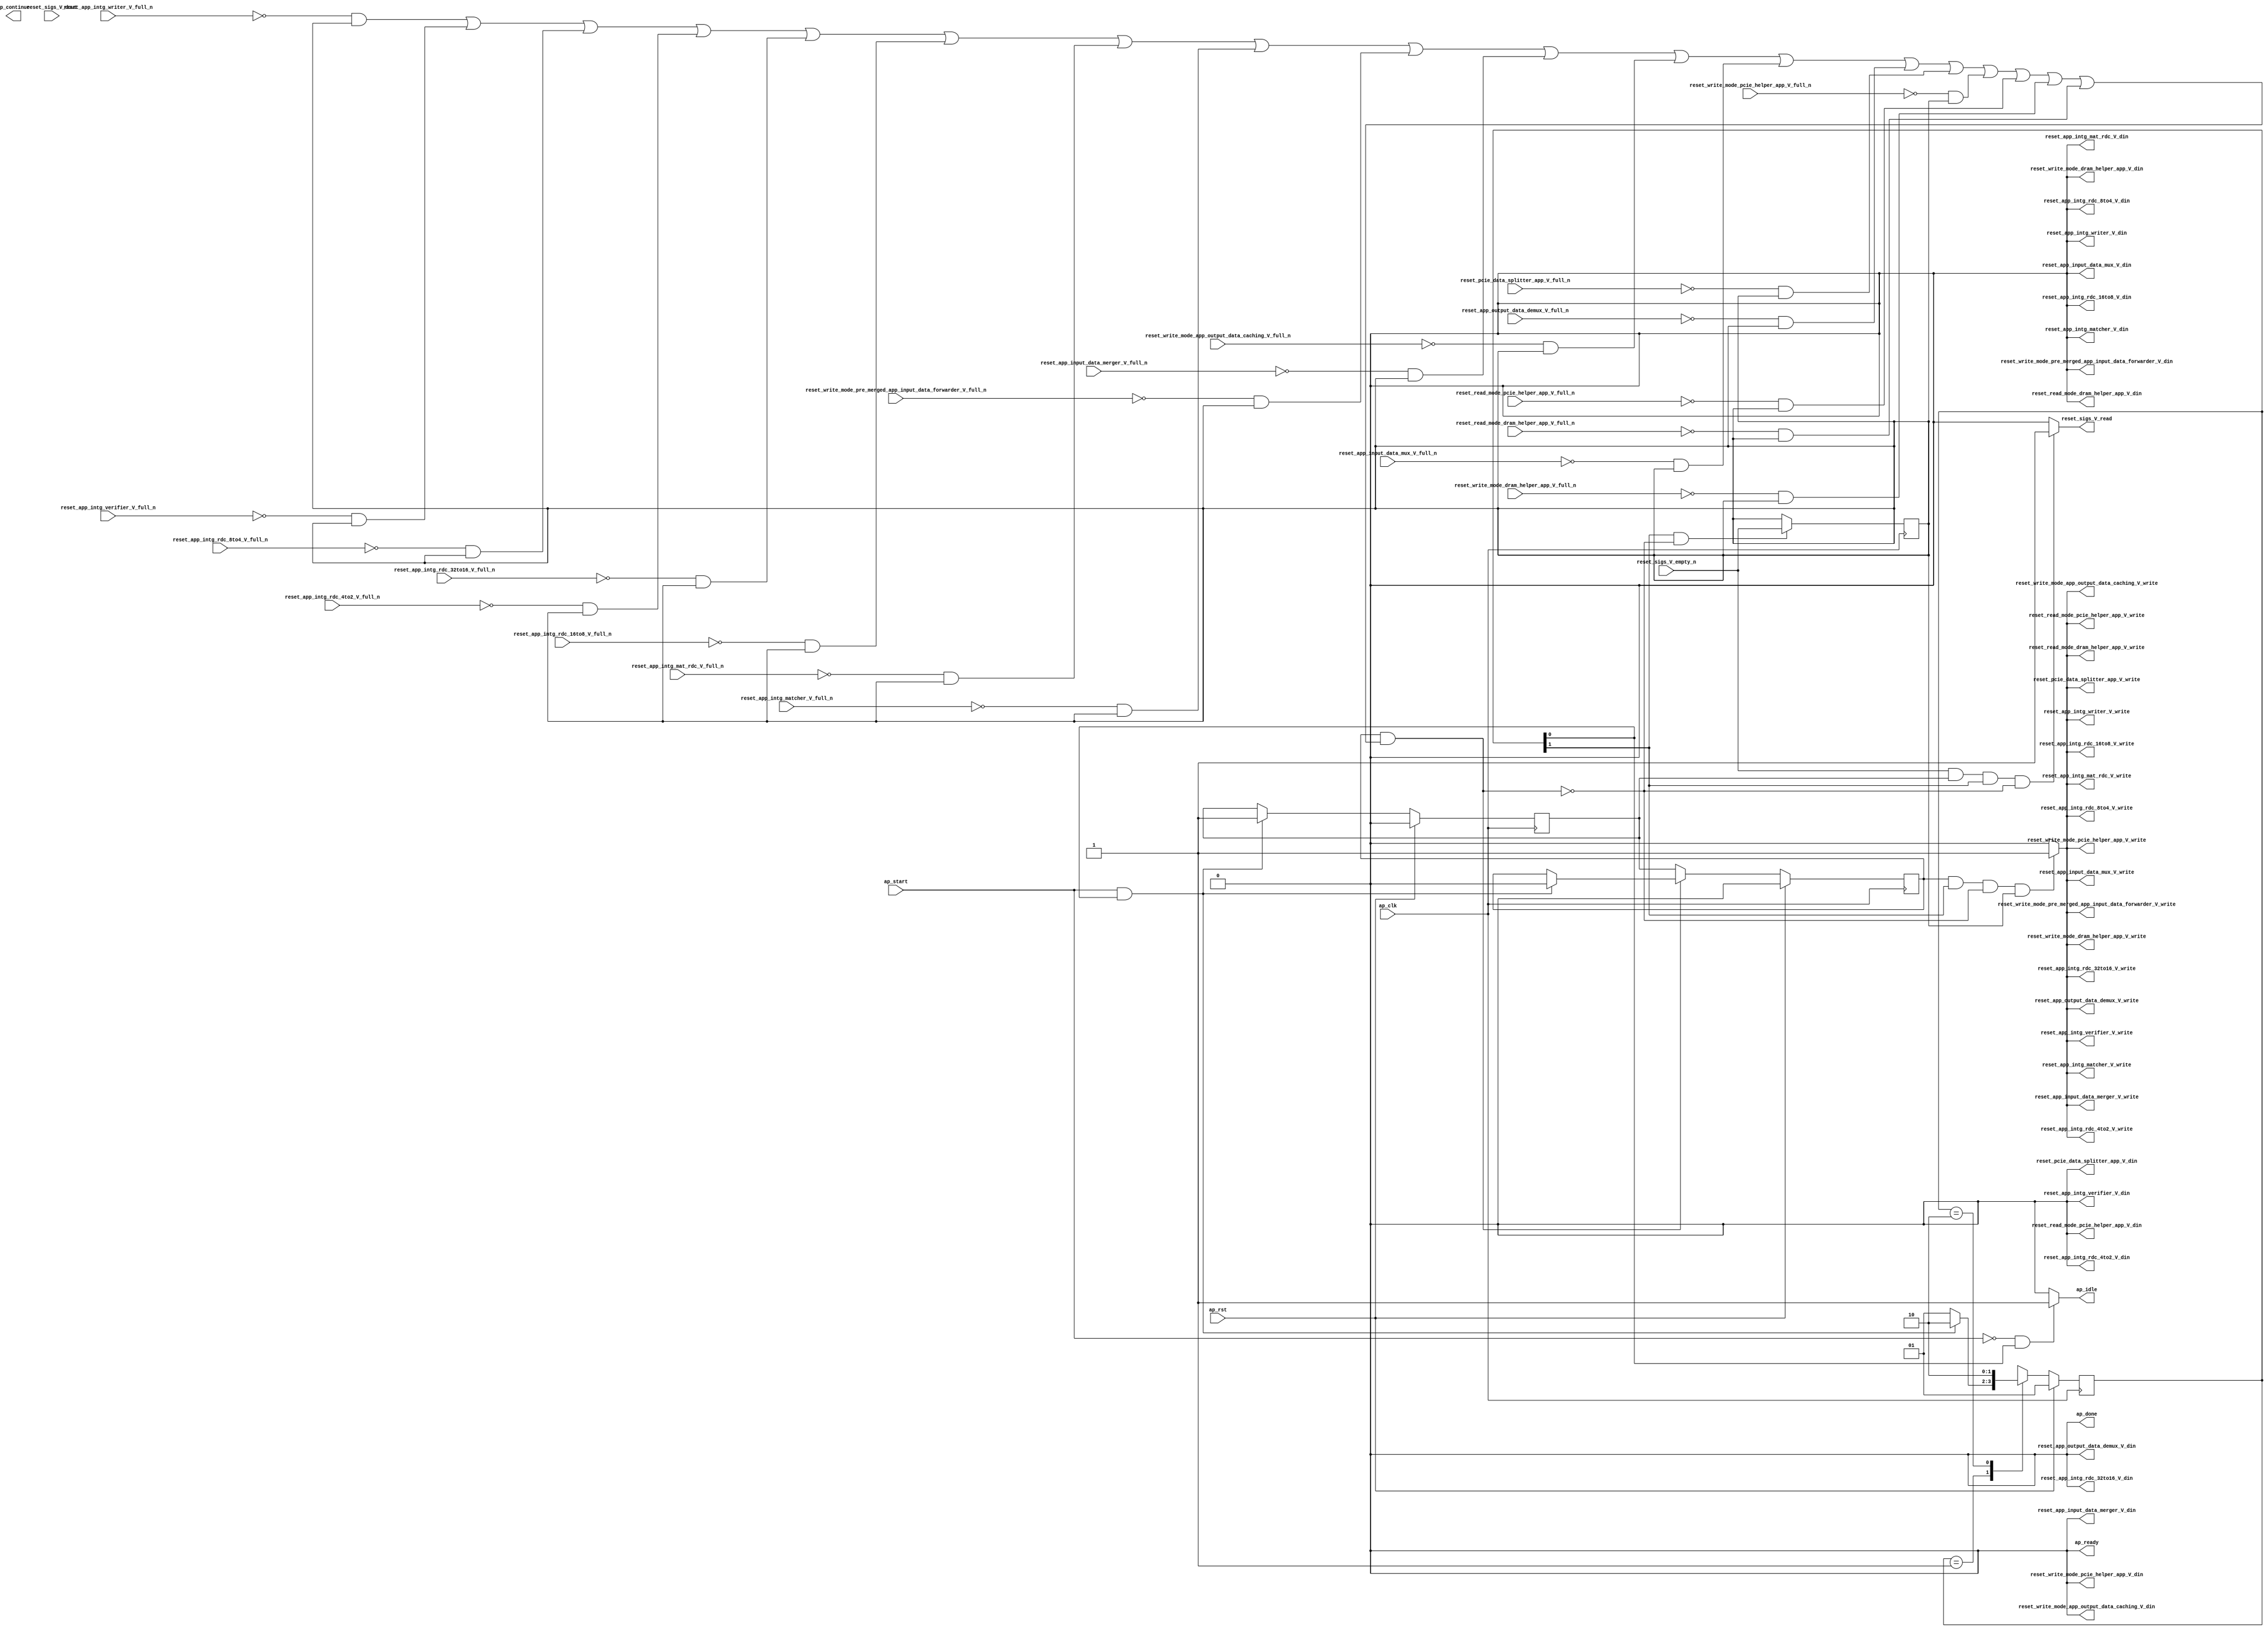
// This program was cloned from: https://github.com/zainryan/INSIDER-System
// License: MIT License

// ==============================================================
// RTL generated by Vivado(TM) HLS - High-Level Synthesis from C, C++ and SystemC
// Version: 2017.4.op
// Copyright (C) 1986-2018 Xilinx, Inc. All Rights Reserved.
// 
// ===========================================================

`timescale 1 ns / 1 ps 

(* CORE_GENERATION_INFO="reset_propaganda,hls_ip_2017_4_op,{HLS_INPUT_TYPE=cxx,HLS_INPUT_FLOAT=0,HLS_INPUT_FIXED=0,HLS_INPUT_PART=xcvu9p-flgb2104-2-i,HLS_INPUT_CLOCK=4.000000,HLS_INPUT_ARCH=others,HLS_SYN_CLOCK=1.458000,HLS_SYN_LAT=-1,HLS_SYN_TPT=none,HLS_SYN_MEM=0,HLS_SYN_DSP=0,HLS_SYN_FF=5,HLS_SYN_LUT=213}" *)

module reset_propaganda (
        ap_clk,
        ap_rst,
        ap_start,
        ap_done,
ap_continue,
        ap_idle,
        ap_ready,
        reset_app_intg_matcher_V_din,
        reset_app_intg_matcher_V_full_n,
        reset_app_intg_matcher_V_write,
        reset_app_intg_mat_rdc_V_din,
        reset_app_intg_mat_rdc_V_full_n,
        reset_app_intg_mat_rdc_V_write,
        reset_app_intg_rdc_16to8_V_din,
        reset_app_intg_rdc_16to8_V_full_n,
        reset_app_intg_rdc_16to8_V_write,
        reset_app_intg_rdc_32to16_V_din,
        reset_app_intg_rdc_32to16_V_full_n,
        reset_app_intg_rdc_32to16_V_write,
        reset_app_intg_rdc_4to2_V_din,
        reset_app_intg_rdc_4to2_V_full_n,
        reset_app_intg_rdc_4to2_V_write,
        reset_app_intg_rdc_8to4_V_din,
        reset_app_intg_rdc_8to4_V_full_n,
        reset_app_intg_rdc_8to4_V_write,
        reset_app_intg_verifier_V_din,
        reset_app_intg_verifier_V_full_n,
        reset_app_intg_verifier_V_write,
        reset_app_intg_writer_V_din,
        reset_app_intg_writer_V_full_n,
        reset_app_intg_writer_V_write,
        reset_sigs_V_dout,
        reset_sigs_V_empty_n,
        reset_sigs_V_read,
        reset_read_mode_dram_helper_app_V_din,
        reset_read_mode_dram_helper_app_V_full_n,
        reset_read_mode_dram_helper_app_V_write,
        reset_write_mode_dram_helper_app_V_din,
        reset_write_mode_dram_helper_app_V_full_n,
        reset_write_mode_dram_helper_app_V_write,
        reset_read_mode_pcie_helper_app_V_din,
        reset_read_mode_pcie_helper_app_V_full_n,
        reset_read_mode_pcie_helper_app_V_write,
        reset_write_mode_pcie_helper_app_V_din,
        reset_write_mode_pcie_helper_app_V_full_n,
        reset_write_mode_pcie_helper_app_V_write,
        reset_pcie_data_splitter_app_V_din,
        reset_pcie_data_splitter_app_V_full_n,
        reset_pcie_data_splitter_app_V_write,
        reset_app_output_data_demux_V_din,
        reset_app_output_data_demux_V_full_n,
        reset_app_output_data_demux_V_write,
        reset_app_input_data_mux_V_din,
        reset_app_input_data_mux_V_full_n,
        reset_app_input_data_mux_V_write,
        reset_write_mode_app_output_data_caching_V_din,
        reset_write_mode_app_output_data_caching_V_full_n,
        reset_write_mode_app_output_data_caching_V_write,
        reset_app_input_data_merger_V_din,
        reset_app_input_data_merger_V_full_n,
        reset_app_input_data_merger_V_write,
        reset_write_mode_pre_merged_app_input_data_forwarder_V_din,
        reset_write_mode_pre_merged_app_input_data_forwarder_V_full_n,
        reset_write_mode_pre_merged_app_input_data_forwarder_V_write
);

parameter    ap_ST_fsm_state1 = 2'd1;
parameter    ap_ST_fsm_pp0_stage0 = 2'd2;

input   ap_clk;
input   ap_rst;
input   ap_start;
output   ap_done;
output   ap_idle;
output ap_ready; output ap_continue;
output   reset_app_intg_matcher_V_din;
input   reset_app_intg_matcher_V_full_n;
output   reset_app_intg_matcher_V_write;
output   reset_app_intg_mat_rdc_V_din;
input   reset_app_intg_mat_rdc_V_full_n;
output   reset_app_intg_mat_rdc_V_write;
output   reset_app_intg_rdc_16to8_V_din;
input   reset_app_intg_rdc_16to8_V_full_n;
output   reset_app_intg_rdc_16to8_V_write;
output   reset_app_intg_rdc_32to16_V_din;
input   reset_app_intg_rdc_32to16_V_full_n;
output   reset_app_intg_rdc_32to16_V_write;
output   reset_app_intg_rdc_4to2_V_din;
input   reset_app_intg_rdc_4to2_V_full_n;
output   reset_app_intg_rdc_4to2_V_write;
output   reset_app_intg_rdc_8to4_V_din;
input   reset_app_intg_rdc_8to4_V_full_n;
output   reset_app_intg_rdc_8to4_V_write;
output   reset_app_intg_verifier_V_din;
input   reset_app_intg_verifier_V_full_n;
output   reset_app_intg_verifier_V_write;
output   reset_app_intg_writer_V_din;
input   reset_app_intg_writer_V_full_n;
output   reset_app_intg_writer_V_write;
input   reset_sigs_V_dout;
input   reset_sigs_V_empty_n;
output   reset_sigs_V_read;
output   reset_read_mode_dram_helper_app_V_din;
input   reset_read_mode_dram_helper_app_V_full_n;
output   reset_read_mode_dram_helper_app_V_write;
output   reset_write_mode_dram_helper_app_V_din;
input   reset_write_mode_dram_helper_app_V_full_n;
output   reset_write_mode_dram_helper_app_V_write;
output   reset_read_mode_pcie_helper_app_V_din;
input   reset_read_mode_pcie_helper_app_V_full_n;
output   reset_read_mode_pcie_helper_app_V_write;
output   reset_write_mode_pcie_helper_app_V_din;
input   reset_write_mode_pcie_helper_app_V_full_n;
output   reset_write_mode_pcie_helper_app_V_write;
output   reset_pcie_data_splitter_app_V_din;
input   reset_pcie_data_splitter_app_V_full_n;
output   reset_pcie_data_splitter_app_V_write;
output   reset_app_output_data_demux_V_din;
input   reset_app_output_data_demux_V_full_n;
output   reset_app_output_data_demux_V_write;
output   reset_app_input_data_mux_V_din;
input   reset_app_input_data_mux_V_full_n;
output   reset_app_input_data_mux_V_write;
output   reset_write_mode_app_output_data_caching_V_din;
input   reset_write_mode_app_output_data_caching_V_full_n;
output   reset_write_mode_app_output_data_caching_V_write;
output   reset_app_input_data_merger_V_din;
input   reset_app_input_data_merger_V_full_n;
output   reset_app_input_data_merger_V_write;
output   reset_write_mode_pre_merged_app_input_data_forwarder_V_din;
input   reset_write_mode_pre_merged_app_input_data_forwarder_V_full_n;
output   reset_write_mode_pre_merged_app_input_data_forwarder_V_write;

reg ap_idle;
reg reset_app_intg_matcher_V_write;
reg reset_app_intg_mat_rdc_V_write;
reg reset_app_intg_rdc_16to8_V_write;
reg reset_app_intg_rdc_32to16_V_write;
reg reset_app_intg_rdc_4to2_V_write;
reg reset_app_intg_rdc_8to4_V_write;
reg reset_app_intg_verifier_V_write;
reg reset_app_intg_writer_V_write;
reg reset_sigs_V_read;
reg reset_read_mode_dram_helper_app_V_write;
reg reset_write_mode_dram_helper_app_V_write;
reg reset_read_mode_pcie_helper_app_V_write;
reg reset_write_mode_pcie_helper_app_V_write;
reg reset_pcie_data_splitter_app_V_write;
reg reset_app_output_data_demux_V_write;
reg reset_app_input_data_mux_V_write;
reg reset_write_mode_app_output_data_caching_V_write;
reg reset_app_input_data_merger_V_write;
reg reset_write_mode_pre_merged_app_input_data_forwarder_V_write;

(* fsm_encoding = "none" *) reg   [1:0] ap_CS_fsm;
wire    ap_CS_fsm_state1;
reg    reset_app_intg_matcher_V_blk_n;
wire    ap_CS_fsm_pp0_stage0;
reg    ap_enable_reg_pp0_iter1;
wire    ap_block_pp0_stage0;
reg   [0:0] empty_n_reg_456;
reg    reset_app_intg_mat_rdc_V_blk_n;
reg    reset_app_intg_rdc_16to8_V_blk_n;
reg    reset_app_intg_rdc_32to16_V_blk_n;
reg    reset_app_intg_rdc_4to2_V_blk_n;
reg    reset_app_intg_rdc_8to4_V_blk_n;
reg    reset_app_intg_verifier_V_blk_n;
reg    reset_app_intg_writer_V_blk_n;
reg    reset_read_mode_dram_helper_app_V_blk_n;
reg    reset_write_mode_dram_helper_app_V_blk_n;
reg    reset_read_mode_pcie_helper_app_V_blk_n;
reg    reset_write_mode_pcie_helper_app_V_blk_n;
reg    reset_pcie_data_splitter_app_V_blk_n;
reg    reset_app_output_data_demux_V_blk_n;
reg    reset_app_input_data_mux_V_blk_n;
reg    reset_write_mode_app_output_data_caching_V_blk_n;
reg    reset_app_input_data_merger_V_blk_n;
reg    reset_write_mode_pre_merged_app_input_data_forwarder_V_blk_n;
wire    ap_block_state2_pp0_stage0_iter0;
reg    ap_block_state3_pp0_stage0_iter1;
reg    ap_block_pp0_stage0_11001;
reg    ap_enable_reg_pp0_iter0;
reg    ap_block_pp0_stage0_subdone;
reg    ap_block_pp0_stage0_01001;
reg   [1:0] ap_NS_fsm;
reg    ap_idle_pp0;
wire    ap_enable_pp0;

// power-on initialization
initial begin
#0 ap_CS_fsm = 2'd1;
#0 ap_enable_reg_pp0_iter1 = 1'b0;
#0 ap_enable_reg_pp0_iter0 = 1'b0;
end

always @ (posedge ap_clk) begin
    if (ap_rst == 1'b1) begin
        ap_CS_fsm <= ap_ST_fsm_state1;
    end else begin
        ap_CS_fsm <= ap_NS_fsm;
    end
end

always @ (posedge ap_clk) begin
    if (ap_rst == 1'b1) begin
        ap_enable_reg_pp0_iter0 <= 1'b0;
    end else begin
        if (((ap_start == 1'b1) & (1'b1 == ap_CS_fsm_state1))) begin
            ap_enable_reg_pp0_iter0 <= 1'b1;
        end
    end
end

always @ (posedge ap_clk) begin
    if (ap_rst == 1'b1) begin
        ap_enable_reg_pp0_iter1 <= 1'b0;
    end else begin
        if ((1'b0 == ap_block_pp0_stage0_subdone)) begin
            ap_enable_reg_pp0_iter1 <= ap_enable_reg_pp0_iter0;
        end else if (((ap_start == 1'b1) & (1'b1 == ap_CS_fsm_state1))) begin
            ap_enable_reg_pp0_iter1 <= 1'b0;
        end
    end
end

always @ (posedge ap_clk) begin
    if (((1'b1 == ap_CS_fsm_pp0_stage0) & (1'b0 == ap_block_pp0_stage0_11001))) begin
        empty_n_reg_456 <= reset_sigs_V_empty_n;
    end
end

always @ (*) begin
    if (((ap_start == 1'b0) & (1'b1 == ap_CS_fsm_state1))) begin
        ap_idle = 1'b1;
    end else begin
        ap_idle = 1'b0;
    end
end

always @ (*) begin
    if (((ap_enable_reg_pp0_iter0 == 1'b0) & (ap_enable_reg_pp0_iter1 == 1'b0))) begin
        ap_idle_pp0 = 1'b1;
    end else begin
        ap_idle_pp0 = 1'b0;
    end
end

always @ (*) begin
    if (((ap_enable_reg_pp0_iter1 == 1'b1) & (1'b1 == ap_CS_fsm_pp0_stage0) & (empty_n_reg_456 == 1'd1) & (1'b0 == ap_block_pp0_stage0))) begin
        reset_app_input_data_merger_V_blk_n = reset_app_input_data_merger_V_full_n;
    end else begin
        reset_app_input_data_merger_V_blk_n = 1'b1;
    end
end

always @ (*) begin
    if (((ap_enable_reg_pp0_iter1 == 1'b1) & (1'b1 == ap_CS_fsm_pp0_stage0) & (1'b0 == ap_block_pp0_stage0_11001) & (empty_n_reg_456 == 1'd1))) begin
        reset_app_input_data_merger_V_write = 1'b1;
    end else begin
        reset_app_input_data_merger_V_write = 1'b0;
    end
end

always @ (*) begin
    if (((ap_enable_reg_pp0_iter1 == 1'b1) & (1'b1 == ap_CS_fsm_pp0_stage0) & (empty_n_reg_456 == 1'd1) & (1'b0 == ap_block_pp0_stage0))) begin
        reset_app_input_data_mux_V_blk_n = reset_app_input_data_mux_V_full_n;
    end else begin
        reset_app_input_data_mux_V_blk_n = 1'b1;
    end
end

always @ (*) begin
    if (((ap_enable_reg_pp0_iter1 == 1'b1) & (1'b1 == ap_CS_fsm_pp0_stage0) & (1'b0 == ap_block_pp0_stage0_11001) & (empty_n_reg_456 == 1'd1))) begin
        reset_app_input_data_mux_V_write = 1'b1;
    end else begin
        reset_app_input_data_mux_V_write = 1'b0;
    end
end

always @ (*) begin
    if (((ap_enable_reg_pp0_iter1 == 1'b1) & (1'b1 == ap_CS_fsm_pp0_stage0) & (empty_n_reg_456 == 1'd1) & (1'b0 == ap_block_pp0_stage0))) begin
        reset_app_intg_mat_rdc_V_blk_n = reset_app_intg_mat_rdc_V_full_n;
    end else begin
        reset_app_intg_mat_rdc_V_blk_n = 1'b1;
    end
end

always @ (*) begin
    if (((ap_enable_reg_pp0_iter1 == 1'b1) & (1'b1 == ap_CS_fsm_pp0_stage0) & (1'b0 == ap_block_pp0_stage0_11001) & (empty_n_reg_456 == 1'd1))) begin
        reset_app_intg_mat_rdc_V_write = 1'b1;
    end else begin
        reset_app_intg_mat_rdc_V_write = 1'b0;
    end
end

always @ (*) begin
    if (((ap_enable_reg_pp0_iter1 == 1'b1) & (1'b1 == ap_CS_fsm_pp0_stage0) & (empty_n_reg_456 == 1'd1) & (1'b0 == ap_block_pp0_stage0))) begin
        reset_app_intg_matcher_V_blk_n = reset_app_intg_matcher_V_full_n;
    end else begin
        reset_app_intg_matcher_V_blk_n = 1'b1;
    end
end

always @ (*) begin
    if (((ap_enable_reg_pp0_iter1 == 1'b1) & (1'b1 == ap_CS_fsm_pp0_stage0) & (1'b0 == ap_block_pp0_stage0_11001) & (empty_n_reg_456 == 1'd1))) begin
        reset_app_intg_matcher_V_write = 1'b1;
    end else begin
        reset_app_intg_matcher_V_write = 1'b0;
    end
end

always @ (*) begin
    if (((ap_enable_reg_pp0_iter1 == 1'b1) & (1'b1 == ap_CS_fsm_pp0_stage0) & (empty_n_reg_456 == 1'd1) & (1'b0 == ap_block_pp0_stage0))) begin
        reset_app_intg_rdc_16to8_V_blk_n = reset_app_intg_rdc_16to8_V_full_n;
    end else begin
        reset_app_intg_rdc_16to8_V_blk_n = 1'b1;
    end
end

always @ (*) begin
    if (((ap_enable_reg_pp0_iter1 == 1'b1) & (1'b1 == ap_CS_fsm_pp0_stage0) & (1'b0 == ap_block_pp0_stage0_11001) & (empty_n_reg_456 == 1'd1))) begin
        reset_app_intg_rdc_16to8_V_write = 1'b1;
    end else begin
        reset_app_intg_rdc_16to8_V_write = 1'b0;
    end
end

always @ (*) begin
    if (((ap_enable_reg_pp0_iter1 == 1'b1) & (1'b1 == ap_CS_fsm_pp0_stage0) & (empty_n_reg_456 == 1'd1) & (1'b0 == ap_block_pp0_stage0))) begin
        reset_app_intg_rdc_32to16_V_blk_n = reset_app_intg_rdc_32to16_V_full_n;
    end else begin
        reset_app_intg_rdc_32to16_V_blk_n = 1'b1;
    end
end

always @ (*) begin
    if (((ap_enable_reg_pp0_iter1 == 1'b1) & (1'b1 == ap_CS_fsm_pp0_stage0) & (1'b0 == ap_block_pp0_stage0_11001) & (empty_n_reg_456 == 1'd1))) begin
        reset_app_intg_rdc_32to16_V_write = 1'b1;
    end else begin
        reset_app_intg_rdc_32to16_V_write = 1'b0;
    end
end

always @ (*) begin
    if (((ap_enable_reg_pp0_iter1 == 1'b1) & (1'b1 == ap_CS_fsm_pp0_stage0) & (empty_n_reg_456 == 1'd1) & (1'b0 == ap_block_pp0_stage0))) begin
        reset_app_intg_rdc_4to2_V_blk_n = reset_app_intg_rdc_4to2_V_full_n;
    end else begin
        reset_app_intg_rdc_4to2_V_blk_n = 1'b1;
    end
end

always @ (*) begin
    if (((ap_enable_reg_pp0_iter1 == 1'b1) & (1'b1 == ap_CS_fsm_pp0_stage0) & (1'b0 == ap_block_pp0_stage0_11001) & (empty_n_reg_456 == 1'd1))) begin
        reset_app_intg_rdc_4to2_V_write = 1'b1;
    end else begin
        reset_app_intg_rdc_4to2_V_write = 1'b0;
    end
end

always @ (*) begin
    if (((ap_enable_reg_pp0_iter1 == 1'b1) & (1'b1 == ap_CS_fsm_pp0_stage0) & (empty_n_reg_456 == 1'd1) & (1'b0 == ap_block_pp0_stage0))) begin
        reset_app_intg_rdc_8to4_V_blk_n = reset_app_intg_rdc_8to4_V_full_n;
    end else begin
        reset_app_intg_rdc_8to4_V_blk_n = 1'b1;
    end
end

always @ (*) begin
    if (((ap_enable_reg_pp0_iter1 == 1'b1) & (1'b1 == ap_CS_fsm_pp0_stage0) & (1'b0 == ap_block_pp0_stage0_11001) & (empty_n_reg_456 == 1'd1))) begin
        reset_app_intg_rdc_8to4_V_write = 1'b1;
    end else begin
        reset_app_intg_rdc_8to4_V_write = 1'b0;
    end
end

always @ (*) begin
    if (((ap_enable_reg_pp0_iter1 == 1'b1) & (1'b1 == ap_CS_fsm_pp0_stage0) & (empty_n_reg_456 == 1'd1) & (1'b0 == ap_block_pp0_stage0))) begin
        reset_app_intg_verifier_V_blk_n = reset_app_intg_verifier_V_full_n;
    end else begin
        reset_app_intg_verifier_V_blk_n = 1'b1;
    end
end

always @ (*) begin
    if (((ap_enable_reg_pp0_iter1 == 1'b1) & (1'b1 == ap_CS_fsm_pp0_stage0) & (1'b0 == ap_block_pp0_stage0_11001) & (empty_n_reg_456 == 1'd1))) begin
        reset_app_intg_verifier_V_write = 1'b1;
    end else begin
        reset_app_intg_verifier_V_write = 1'b0;
    end
end

always @ (*) begin
    if (((ap_enable_reg_pp0_iter1 == 1'b1) & (1'b1 == ap_CS_fsm_pp0_stage0) & (empty_n_reg_456 == 1'd1) & (1'b0 == ap_block_pp0_stage0))) begin
        reset_app_intg_writer_V_blk_n = reset_app_intg_writer_V_full_n;
    end else begin
        reset_app_intg_writer_V_blk_n = 1'b1;
    end
end

always @ (*) begin
    if (((ap_enable_reg_pp0_iter1 == 1'b1) & (1'b1 == ap_CS_fsm_pp0_stage0) & (1'b0 == ap_block_pp0_stage0_11001) & (empty_n_reg_456 == 1'd1))) begin
        reset_app_intg_writer_V_write = 1'b1;
    end else begin
        reset_app_intg_writer_V_write = 1'b0;
    end
end

always @ (*) begin
    if (((ap_enable_reg_pp0_iter1 == 1'b1) & (1'b1 == ap_CS_fsm_pp0_stage0) & (empty_n_reg_456 == 1'd1) & (1'b0 == ap_block_pp0_stage0))) begin
        reset_app_output_data_demux_V_blk_n = reset_app_output_data_demux_V_full_n;
    end else begin
        reset_app_output_data_demux_V_blk_n = 1'b1;
    end
end

always @ (*) begin
    if (((ap_enable_reg_pp0_iter1 == 1'b1) & (1'b1 == ap_CS_fsm_pp0_stage0) & (1'b0 == ap_block_pp0_stage0_11001) & (empty_n_reg_456 == 1'd1))) begin
        reset_app_output_data_demux_V_write = 1'b1;
    end else begin
        reset_app_output_data_demux_V_write = 1'b0;
    end
end

always @ (*) begin
    if (((ap_enable_reg_pp0_iter1 == 1'b1) & (1'b1 == ap_CS_fsm_pp0_stage0) & (empty_n_reg_456 == 1'd1) & (1'b0 == ap_block_pp0_stage0))) begin
        reset_pcie_data_splitter_app_V_blk_n = reset_pcie_data_splitter_app_V_full_n;
    end else begin
        reset_pcie_data_splitter_app_V_blk_n = 1'b1;
    end
end

always @ (*) begin
    if (((ap_enable_reg_pp0_iter1 == 1'b1) & (1'b1 == ap_CS_fsm_pp0_stage0) & (1'b0 == ap_block_pp0_stage0_11001) & (empty_n_reg_456 == 1'd1))) begin
        reset_pcie_data_splitter_app_V_write = 1'b1;
    end else begin
        reset_pcie_data_splitter_app_V_write = 1'b0;
    end
end

always @ (*) begin
    if (((ap_enable_reg_pp0_iter1 == 1'b1) & (1'b1 == ap_CS_fsm_pp0_stage0) & (empty_n_reg_456 == 1'd1) & (1'b0 == ap_block_pp0_stage0))) begin
        reset_read_mode_dram_helper_app_V_blk_n = reset_read_mode_dram_helper_app_V_full_n;
    end else begin
        reset_read_mode_dram_helper_app_V_blk_n = 1'b1;
    end
end

always @ (*) begin
    if (((ap_enable_reg_pp0_iter1 == 1'b1) & (1'b1 == ap_CS_fsm_pp0_stage0) & (1'b0 == ap_block_pp0_stage0_11001) & (empty_n_reg_456 == 1'd1))) begin
        reset_read_mode_dram_helper_app_V_write = 1'b1;
    end else begin
        reset_read_mode_dram_helper_app_V_write = 1'b0;
    end
end

always @ (*) begin
    if (((ap_enable_reg_pp0_iter1 == 1'b1) & (1'b1 == ap_CS_fsm_pp0_stage0) & (empty_n_reg_456 == 1'd1) & (1'b0 == ap_block_pp0_stage0))) begin
        reset_read_mode_pcie_helper_app_V_blk_n = reset_read_mode_pcie_helper_app_V_full_n;
    end else begin
        reset_read_mode_pcie_helper_app_V_blk_n = 1'b1;
    end
end

always @ (*) begin
    if (((ap_enable_reg_pp0_iter1 == 1'b1) & (1'b1 == ap_CS_fsm_pp0_stage0) & (1'b0 == ap_block_pp0_stage0_11001) & (empty_n_reg_456 == 1'd1))) begin
        reset_read_mode_pcie_helper_app_V_write = 1'b1;
    end else begin
        reset_read_mode_pcie_helper_app_V_write = 1'b0;
    end
end

always @ (*) begin
    if (((reset_sigs_V_empty_n == 1'b1) & (ap_enable_reg_pp0_iter0 == 1'b1) & (1'b1 == ap_CS_fsm_pp0_stage0) & (1'b0 == ap_block_pp0_stage0_11001))) begin
        reset_sigs_V_read = 1'b1;
    end else begin
        reset_sigs_V_read = 1'b0;
    end
end

always @ (*) begin
    if (((ap_enable_reg_pp0_iter1 == 1'b1) & (1'b1 == ap_CS_fsm_pp0_stage0) & (empty_n_reg_456 == 1'd1) & (1'b0 == ap_block_pp0_stage0))) begin
        reset_write_mode_app_output_data_caching_V_blk_n = reset_write_mode_app_output_data_caching_V_full_n;
    end else begin
        reset_write_mode_app_output_data_caching_V_blk_n = 1'b1;
    end
end

always @ (*) begin
    if (((ap_enable_reg_pp0_iter1 == 1'b1) & (1'b1 == ap_CS_fsm_pp0_stage0) & (1'b0 == ap_block_pp0_stage0_11001) & (empty_n_reg_456 == 1'd1))) begin
        reset_write_mode_app_output_data_caching_V_write = 1'b1;
    end else begin
        reset_write_mode_app_output_data_caching_V_write = 1'b0;
    end
end

always @ (*) begin
    if (((ap_enable_reg_pp0_iter1 == 1'b1) & (1'b1 == ap_CS_fsm_pp0_stage0) & (empty_n_reg_456 == 1'd1) & (1'b0 == ap_block_pp0_stage0))) begin
        reset_write_mode_dram_helper_app_V_blk_n = reset_write_mode_dram_helper_app_V_full_n;
    end else begin
        reset_write_mode_dram_helper_app_V_blk_n = 1'b1;
    end
end

always @ (*) begin
    if (((ap_enable_reg_pp0_iter1 == 1'b1) & (1'b1 == ap_CS_fsm_pp0_stage0) & (1'b0 == ap_block_pp0_stage0_11001) & (empty_n_reg_456 == 1'd1))) begin
        reset_write_mode_dram_helper_app_V_write = 1'b1;
    end else begin
        reset_write_mode_dram_helper_app_V_write = 1'b0;
    end
end

always @ (*) begin
    if (((ap_enable_reg_pp0_iter1 == 1'b1) & (1'b1 == ap_CS_fsm_pp0_stage0) & (empty_n_reg_456 == 1'd1) & (1'b0 == ap_block_pp0_stage0))) begin
        reset_write_mode_pcie_helper_app_V_blk_n = reset_write_mode_pcie_helper_app_V_full_n;
    end else begin
        reset_write_mode_pcie_helper_app_V_blk_n = 1'b1;
    end
end

always @ (*) begin
    if (((ap_enable_reg_pp0_iter1 == 1'b1) & (1'b1 == ap_CS_fsm_pp0_stage0) & (1'b0 == ap_block_pp0_stage0_11001) & (empty_n_reg_456 == 1'd1))) begin
        reset_write_mode_pcie_helper_app_V_write = 1'b1;
    end else begin
        reset_write_mode_pcie_helper_app_V_write = 1'b0;
    end
end

always @ (*) begin
    if (((ap_enable_reg_pp0_iter1 == 1'b1) & (1'b1 == ap_CS_fsm_pp0_stage0) & (empty_n_reg_456 == 1'd1) & (1'b0 == ap_block_pp0_stage0))) begin
        reset_write_mode_pre_merged_app_input_data_forwarder_V_blk_n = reset_write_mode_pre_merged_app_input_data_forwarder_V_full_n;
    end else begin
        reset_write_mode_pre_merged_app_input_data_forwarder_V_blk_n = 1'b1;
    end
end

always @ (*) begin
    if (((ap_enable_reg_pp0_iter1 == 1'b1) & (1'b1 == ap_CS_fsm_pp0_stage0) & (1'b0 == ap_block_pp0_stage0_11001) & (empty_n_reg_456 == 1'd1))) begin
        reset_write_mode_pre_merged_app_input_data_forwarder_V_write = 1'b1;
    end else begin
        reset_write_mode_pre_merged_app_input_data_forwarder_V_write = 1'b0;
    end
end

always @ (*) begin
    case (ap_CS_fsm)
        ap_ST_fsm_state1 : begin
            if (((ap_start == 1'b1) & (1'b1 == ap_CS_fsm_state1))) begin
                ap_NS_fsm = ap_ST_fsm_pp0_stage0;
            end else begin
                ap_NS_fsm = ap_ST_fsm_state1;
            end
        end
        ap_ST_fsm_pp0_stage0 : begin
            ap_NS_fsm = ap_ST_fsm_pp0_stage0;
        end
        default : begin
            ap_NS_fsm = 'bx;
        end
    endcase
end

assign ap_CS_fsm_pp0_stage0 = ap_CS_fsm[32'd1];

assign ap_CS_fsm_state1 = ap_CS_fsm[32'd0];

assign ap_block_pp0_stage0 = ~(1'b1 == 1'b1);

always @ (*) begin
    ap_block_pp0_stage0_01001 = ((ap_enable_reg_pp0_iter1 == 1'b1) & (((reset_app_intg_writer_V_full_n == 1'b0) & (empty_n_reg_456 == 1'd1)) | ((reset_app_intg_verifier_V_full_n == 1'b0) & (empty_n_reg_456 == 1'd1)) | ((reset_app_intg_rdc_8to4_V_full_n == 1'b0) & (empty_n_reg_456 == 1'd1)) | ((reset_app_intg_rdc_4to2_V_full_n == 1'b0) & (empty_n_reg_456 == 1'd1)) | ((reset_app_intg_rdc_32to16_V_full_n == 1'b0) & (empty_n_reg_456 == 1'd1)) | ((reset_app_intg_rdc_16to8_V_full_n == 1'b0) & (empty_n_reg_456 == 1'd1)) | ((reset_app_intg_mat_rdc_V_full_n == 1'b0) & (empty_n_reg_456 == 1'd1)) | ((reset_app_intg_matcher_V_full_n == 1'b0) & (empty_n_reg_456 == 1'd1)) | ((reset_write_mode_pre_merged_app_input_data_forwarder_V_full_n == 1'b0) & (empty_n_reg_456 == 1'd1)) | ((reset_app_input_data_merger_V_full_n == 1'b0) & (empty_n_reg_456 == 1'd1)) | ((reset_write_mode_app_output_data_caching_V_full_n == 1'b0) & (empty_n_reg_456 == 1'd1)) | ((reset_app_input_data_mux_V_full_n == 1'b0) & (empty_n_reg_456 == 1'd1)) | ((reset_app_output_data_demux_V_full_n == 1'b0) & (empty_n_reg_456 == 1'd1)) | ((reset_pcie_data_splitter_app_V_full_n == 1'b0) & (empty_n_reg_456 == 1'd1)) | ((reset_write_mode_pcie_helper_app_V_full_n == 1'b0) & (empty_n_reg_456 == 1'd1)) | ((reset_read_mode_pcie_helper_app_V_full_n == 1'b0) & (empty_n_reg_456 == 1'd1)) | ((reset_write_mode_dram_helper_app_V_full_n == 1'b0) & (empty_n_reg_456 == 1'd1)) | ((reset_read_mode_dram_helper_app_V_full_n == 1'b0) & (empty_n_reg_456 == 1'd1))));
end

always @ (*) begin
    ap_block_pp0_stage0_11001 = ((ap_enable_reg_pp0_iter1 == 1'b1) & (((reset_app_intg_writer_V_full_n == 1'b0) & (empty_n_reg_456 == 1'd1)) | ((reset_app_intg_verifier_V_full_n == 1'b0) & (empty_n_reg_456 == 1'd1)) | ((reset_app_intg_rdc_8to4_V_full_n == 1'b0) & (empty_n_reg_456 == 1'd1)) | ((reset_app_intg_rdc_4to2_V_full_n == 1'b0) & (empty_n_reg_456 == 1'd1)) | ((reset_app_intg_rdc_32to16_V_full_n == 1'b0) & (empty_n_reg_456 == 1'd1)) | ((reset_app_intg_rdc_16to8_V_full_n == 1'b0) & (empty_n_reg_456 == 1'd1)) | ((reset_app_intg_mat_rdc_V_full_n == 1'b0) & (empty_n_reg_456 == 1'd1)) | ((reset_app_intg_matcher_V_full_n == 1'b0) & (empty_n_reg_456 == 1'd1)) | ((reset_write_mode_pre_merged_app_input_data_forwarder_V_full_n == 1'b0) & (empty_n_reg_456 == 1'd1)) | ((reset_app_input_data_merger_V_full_n == 1'b0) & (empty_n_reg_456 == 1'd1)) | ((reset_write_mode_app_output_data_caching_V_full_n == 1'b0) & (empty_n_reg_456 == 1'd1)) | ((reset_app_input_data_mux_V_full_n == 1'b0) & (empty_n_reg_456 == 1'd1)) | ((reset_app_output_data_demux_V_full_n == 1'b0) & (empty_n_reg_456 == 1'd1)) | ((reset_pcie_data_splitter_app_V_full_n == 1'b0) & (empty_n_reg_456 == 1'd1)) | ((reset_write_mode_pcie_helper_app_V_full_n == 1'b0) & (empty_n_reg_456 == 1'd1)) | ((reset_read_mode_pcie_helper_app_V_full_n == 1'b0) & (empty_n_reg_456 == 1'd1)) | ((reset_write_mode_dram_helper_app_V_full_n == 1'b0) & (empty_n_reg_456 == 1'd1)) | ((reset_read_mode_dram_helper_app_V_full_n == 1'b0) & (empty_n_reg_456 == 1'd1))));
end

always @ (*) begin
    ap_block_pp0_stage0_subdone = ((ap_enable_reg_pp0_iter1 == 1'b1) & (((reset_app_intg_writer_V_full_n == 1'b0) & (empty_n_reg_456 == 1'd1)) | ((reset_app_intg_verifier_V_full_n == 1'b0) & (empty_n_reg_456 == 1'd1)) | ((reset_app_intg_rdc_8to4_V_full_n == 1'b0) & (empty_n_reg_456 == 1'd1)) | ((reset_app_intg_rdc_4to2_V_full_n == 1'b0) & (empty_n_reg_456 == 1'd1)) | ((reset_app_intg_rdc_32to16_V_full_n == 1'b0) & (empty_n_reg_456 == 1'd1)) | ((reset_app_intg_rdc_16to8_V_full_n == 1'b0) & (empty_n_reg_456 == 1'd1)) | ((reset_app_intg_mat_rdc_V_full_n == 1'b0) & (empty_n_reg_456 == 1'd1)) | ((reset_app_intg_matcher_V_full_n == 1'b0) & (empty_n_reg_456 == 1'd1)) | ((reset_write_mode_pre_merged_app_input_data_forwarder_V_full_n == 1'b0) & (empty_n_reg_456 == 1'd1)) | ((reset_app_input_data_merger_V_full_n == 1'b0) & (empty_n_reg_456 == 1'd1)) | ((reset_write_mode_app_output_data_caching_V_full_n == 1'b0) & (empty_n_reg_456 == 1'd1)) | ((reset_app_input_data_mux_V_full_n == 1'b0) & (empty_n_reg_456 == 1'd1)) | ((reset_app_output_data_demux_V_full_n == 1'b0) & (empty_n_reg_456 == 1'd1)) | ((reset_pcie_data_splitter_app_V_full_n == 1'b0) & (empty_n_reg_456 == 1'd1)) | ((reset_write_mode_pcie_helper_app_V_full_n == 1'b0) & (empty_n_reg_456 == 1'd1)) | ((reset_read_mode_pcie_helper_app_V_full_n == 1'b0) & (empty_n_reg_456 == 1'd1)) | ((reset_write_mode_dram_helper_app_V_full_n == 1'b0) & (empty_n_reg_456 == 1'd1)) | ((reset_read_mode_dram_helper_app_V_full_n == 1'b0) & (empty_n_reg_456 == 1'd1))));
end

assign ap_block_state2_pp0_stage0_iter0 = ~(1'b1 == 1'b1);

always @ (*) begin
    ap_block_state3_pp0_stage0_iter1 = (((reset_app_intg_writer_V_full_n == 1'b0) & (empty_n_reg_456 == 1'd1)) | ((reset_app_intg_verifier_V_full_n == 1'b0) & (empty_n_reg_456 == 1'd1)) | ((reset_app_intg_rdc_8to4_V_full_n == 1'b0) & (empty_n_reg_456 == 1'd1)) | ((reset_app_intg_rdc_4to2_V_full_n == 1'b0) & (empty_n_reg_456 == 1'd1)) | ((reset_app_intg_rdc_32to16_V_full_n == 1'b0) & (empty_n_reg_456 == 1'd1)) | ((reset_app_intg_rdc_16to8_V_full_n == 1'b0) & (empty_n_reg_456 == 1'd1)) | ((reset_app_intg_mat_rdc_V_full_n == 1'b0) & (empty_n_reg_456 == 1'd1)) | ((reset_app_intg_matcher_V_full_n == 1'b0) & (empty_n_reg_456 == 1'd1)) | ((reset_write_mode_pre_merged_app_input_data_forwarder_V_full_n == 1'b0) & (empty_n_reg_456 == 1'd1)) | ((reset_app_input_data_merger_V_full_n == 1'b0) & (empty_n_reg_456 == 1'd1)) | ((reset_write_mode_app_output_data_caching_V_full_n == 1'b0) & (empty_n_reg_456 == 1'd1)) | ((reset_app_input_data_mux_V_full_n == 1'b0) & (empty_n_reg_456 == 1'd1)) | ((reset_app_output_data_demux_V_full_n == 1'b0) & (empty_n_reg_456 == 1'd1)) | ((reset_pcie_data_splitter_app_V_full_n == 1'b0) & (empty_n_reg_456 == 1'd1)) | ((reset_write_mode_pcie_helper_app_V_full_n == 1'b0) & (empty_n_reg_456 == 1'd1)) | ((reset_read_mode_pcie_helper_app_V_full_n == 1'b0) & (empty_n_reg_456 == 1'd1)) | ((reset_write_mode_dram_helper_app_V_full_n == 1'b0) & (empty_n_reg_456 == 1'd1)) | ((reset_read_mode_dram_helper_app_V_full_n == 1'b0) & (empty_n_reg_456 == 1'd1)));
end

assign ap_done = 1'b0;

assign ap_enable_pp0 = (ap_idle_pp0 ^ 1'b1);

assign ap_ready = 1'b0;

assign reset_app_input_data_merger_V_din = 1'd0;

assign reset_app_input_data_mux_V_din = 1'd0;

assign reset_app_intg_mat_rdc_V_din = 1'd0;

assign reset_app_intg_matcher_V_din = 1'd0;

assign reset_app_intg_rdc_16to8_V_din = 1'd0;

assign reset_app_intg_rdc_32to16_V_din = 1'd0;

assign reset_app_intg_rdc_4to2_V_din = 1'd0;

assign reset_app_intg_rdc_8to4_V_din = 1'd0;

assign reset_app_intg_verifier_V_din = 1'd0;

assign reset_app_intg_writer_V_din = 1'd0;

assign reset_app_output_data_demux_V_din = 1'd0;

assign reset_pcie_data_splitter_app_V_din = 1'd0;

assign reset_read_mode_dram_helper_app_V_din = 1'd0;

assign reset_read_mode_pcie_helper_app_V_din = 1'd0;

assign reset_write_mode_app_output_data_caching_V_din = 1'd0;

assign reset_write_mode_dram_helper_app_V_din = 1'd0;

assign reset_write_mode_pcie_helper_app_V_din = 1'd0;

assign reset_write_mode_pre_merged_app_input_data_forwarder_V_din = 1'd0;

endmodule //reset_propaganda